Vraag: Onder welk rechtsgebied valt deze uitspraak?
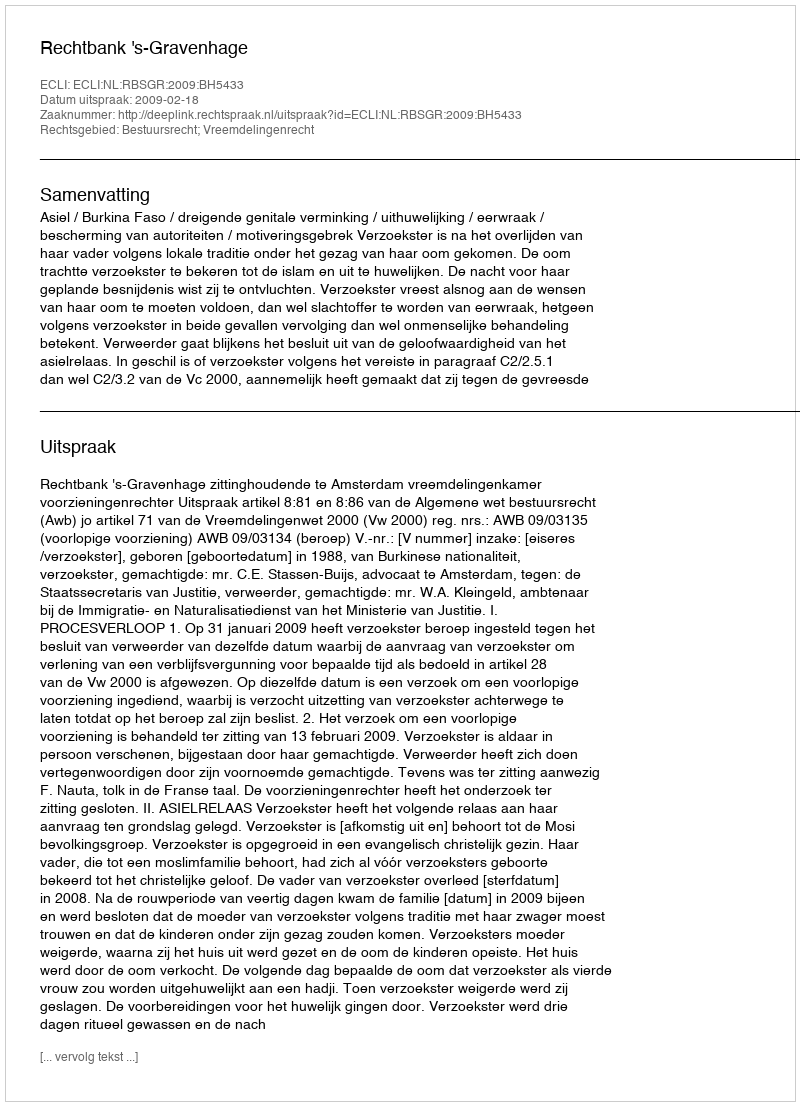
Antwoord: Bestuursrecht; Vreemdelingenrecht